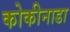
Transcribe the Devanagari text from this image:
कोकीनाडा